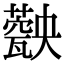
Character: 𤮡